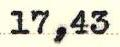
17,43